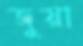
জুয়া